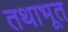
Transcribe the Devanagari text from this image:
तथाभूत